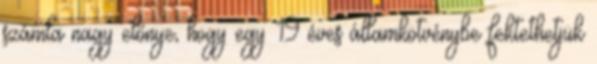
számla nagy előnye, hogy egy 19 éves államkötvénybe fektethetjük